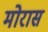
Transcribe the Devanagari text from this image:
मोरास